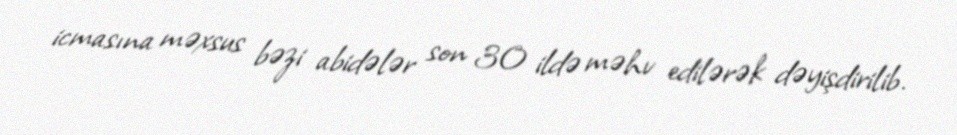
icmasına məxsus bəzi abidələr son 30 ildə məhv edilərək dəyişdirilib.